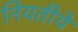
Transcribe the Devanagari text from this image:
नियतीये